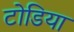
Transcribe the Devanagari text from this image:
टोडिया